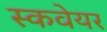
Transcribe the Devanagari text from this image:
स्कवेयर